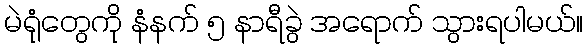
မဲရုံတွေကို နံနက် ၅ နာရီခွဲ အရောက် သွားရပါမယ်။